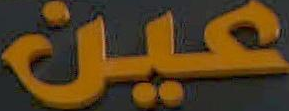
عين